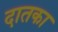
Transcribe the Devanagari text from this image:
दातका